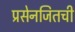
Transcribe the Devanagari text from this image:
प्रसेनजितची